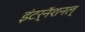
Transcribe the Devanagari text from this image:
इंटर्नॅशनल्